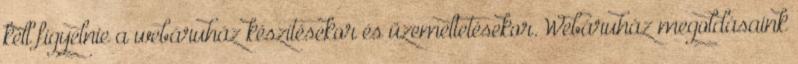
kell figyelnie a webáruház készítésekor és üzemeltetésekor. Webáruház megoldásaink